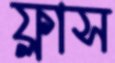
ফ্লাস